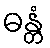
ဓန္တံ